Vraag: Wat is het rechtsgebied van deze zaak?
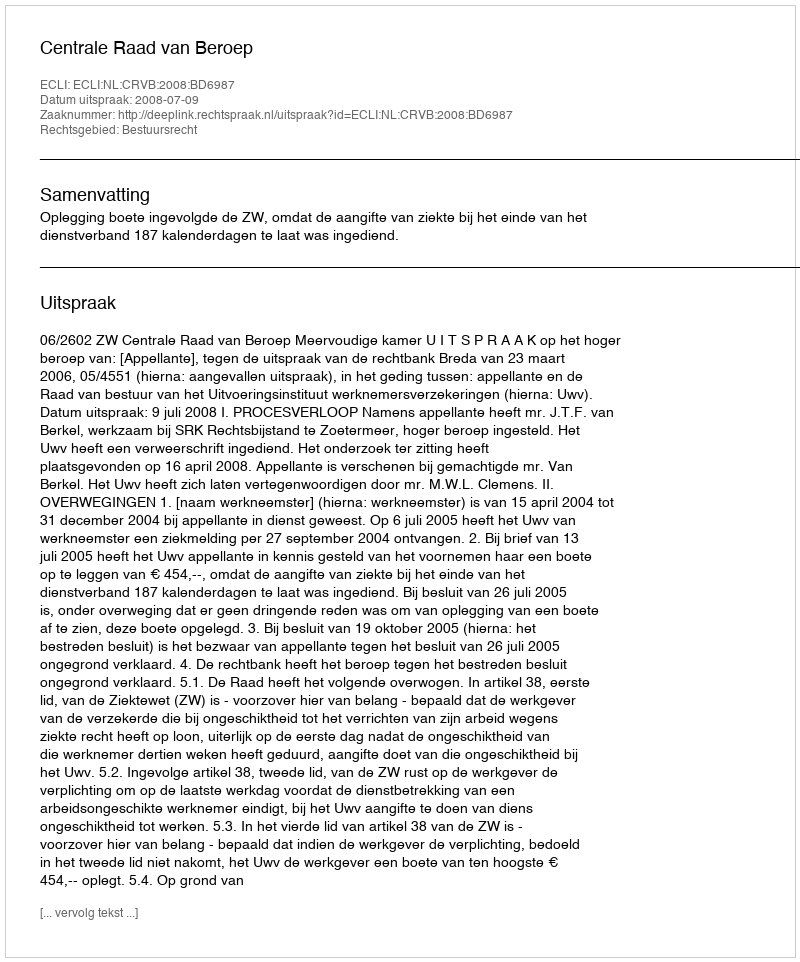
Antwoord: Bestuursrecht